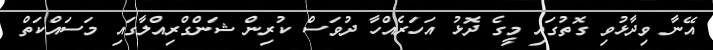
އޭނާ ވިދާޅުވި ގޮތުގައި މީގެ ދޮޅު އަހަރެއްހާ ދުވަސް ކުރިން ޝަންގްރިއްލާގައި މަސައްކަތް